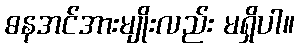
ဓနအင်အားမျိုးလည်း မရှိပါ။